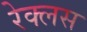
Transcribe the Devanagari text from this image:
रेक्लस